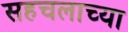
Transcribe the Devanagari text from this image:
सहचलाच्या